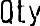
QTY